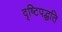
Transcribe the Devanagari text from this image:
दृष्टिपद्धति